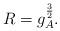
LaTeX: \begin{align*}R = g_{A}^{\frac{3}{2}}.\end{align*}